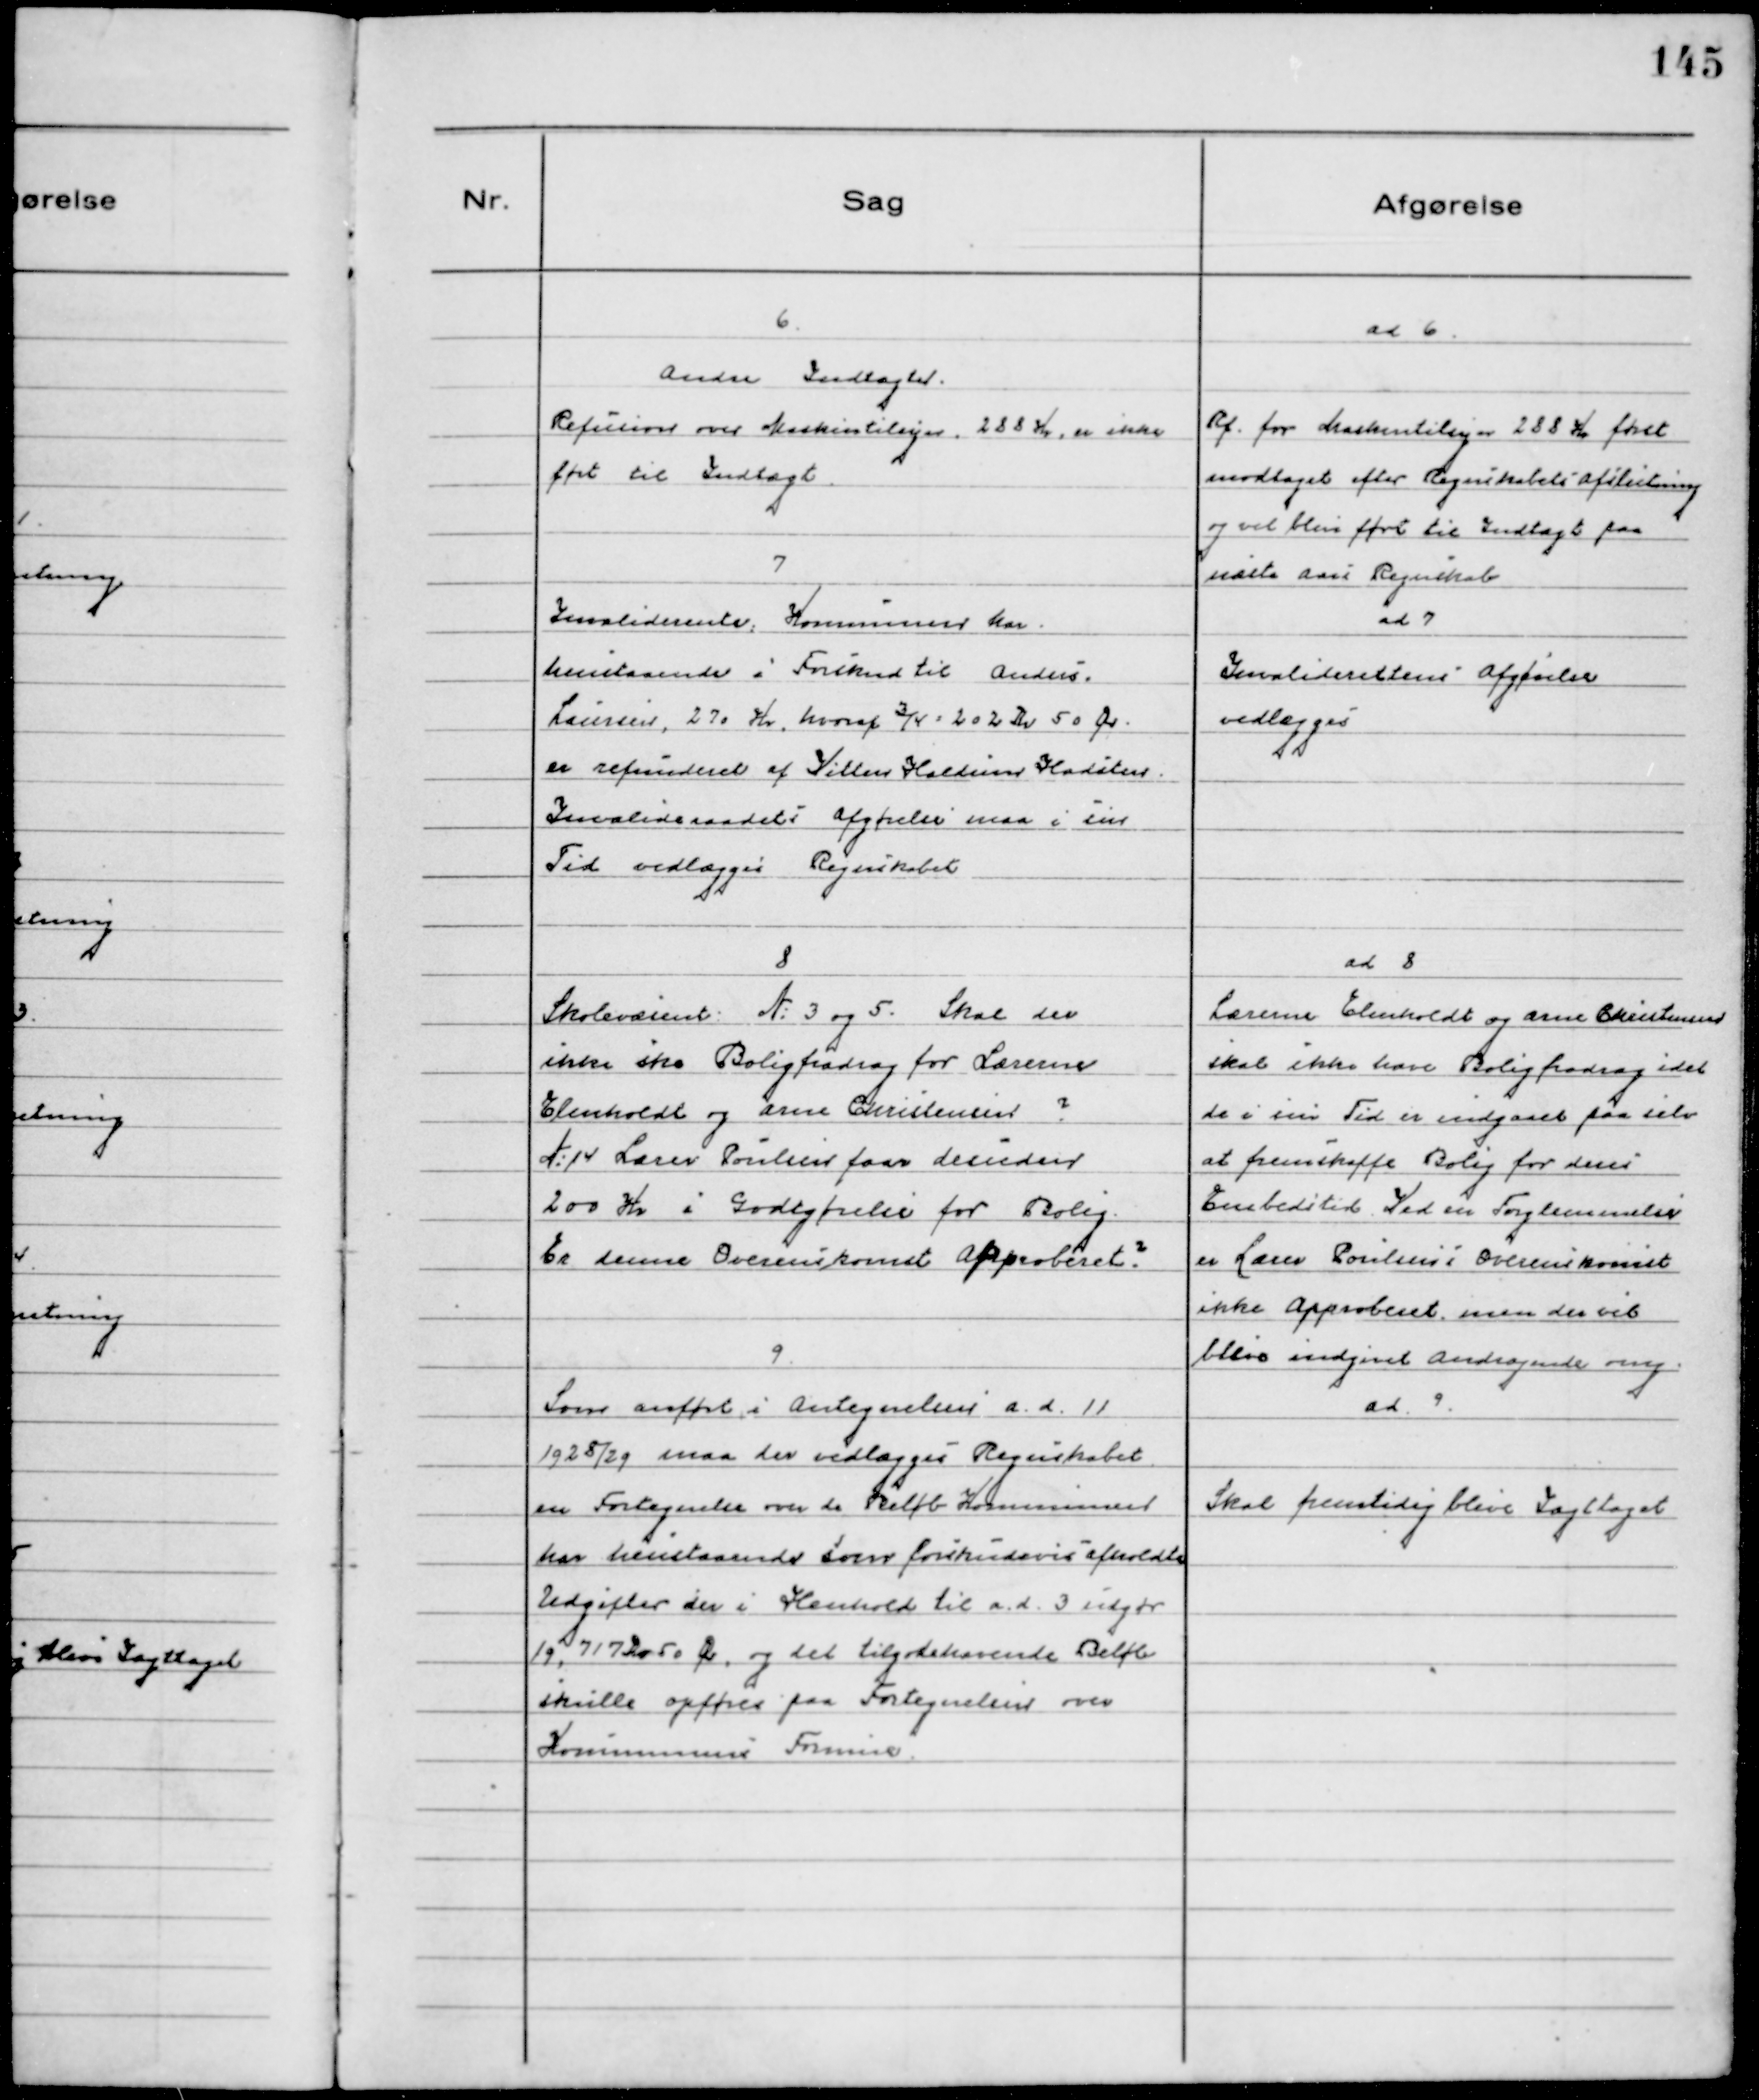
Transskription:
6.
Andre Indtægter.
Refusion over Maskintilsyn. 288 Kr. er ikke
ført til Indtægt.

ad 6.
Rf. for Maskintilsyn 288 Kr først
modtaget efter Regnskabets Afslutning
og vil blive førrt til Indtægt paa
næste Aars Regnskab

7
Invaliderente. Kommunen har
henstaaende i Forskud til Anders
Laursen, 270 Kr. hvoraf 3/4 = 202 Kr 50 Ør.
er refunderet af Vitten Haldum Hadsten.
Invalideraadets Afgørelse maa i sin
Tid vedlægges Regnskabet

ad 7
Invaliderettens Afgørelse
vedlægges

8
Skolevæsenert. № 3 og 5. Skal der
ikke ske Boligfradrag for Lærerne
Elenholdt og Arne Christensen ?
№ 14 Lærer Poulsen faar desuden
200 Kr i Godtgørelse for Bolig.
Er denne Overenskomst Approberet ?

ad 8
Lærerne Elenholdt og Arne Christensen
skal ikke have Boligfradrag idet
de i sin Tid er indgaaet paa selv
at fremskaffe Bolig for deres
Embedstid. Ved en Forglemmelse
er Lærer Poulsens Overenskomst
ikke Approberet men der vil
blive indgivet Andragende omg.

9.
Som anført i Antegnelsen a.d. 11
1928/29 maa der vedlægges Regnskabet
en Fortegnelse over de Beløb Kommunen
har henstaaende som forskudsvis afholdte
Udgifter der i Henhold til a.d. 3 udgør
19,717 Kr 50 Ør, og det tilgodehavende Beløb
skulle opføres paa Fortegnelsen over
Kommunens Formue.

ad. 9.
Skal fremtidig blive Iagttaget